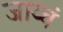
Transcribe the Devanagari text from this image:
जाय्चं